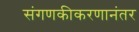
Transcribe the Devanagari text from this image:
संगणकीकरणानंतर